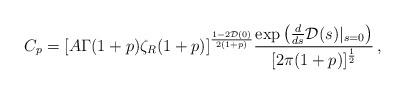
LaTeX: \begin{align*}C_p=[A\Gamma(1+p)\zeta_R (1+p)]^{\frac{1-2{\cal D}(0)}{2(1+p)}}\frac{\exp\left(\frac{d}{ds}{\cal D}(s)|_{s=0}\right)}{[2\pi(1+p)]^{\frac12}} \,\mbox{,}\end{align*}